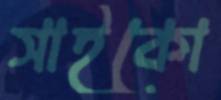
সাইকো